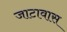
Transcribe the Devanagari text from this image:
जाटावास